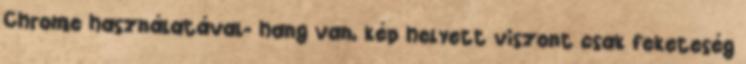
Chrome használatával- hang van, kép helyett viszont csak feketeség